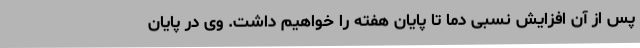
پس از آن افزایش نسبی دما تا پایان هفته را خواهیم داشت. وی در پایان